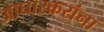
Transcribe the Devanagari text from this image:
आघारकरांना